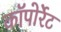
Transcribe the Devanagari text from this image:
कॉपोर्रेट